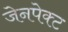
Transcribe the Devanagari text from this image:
जेनपेक्ट